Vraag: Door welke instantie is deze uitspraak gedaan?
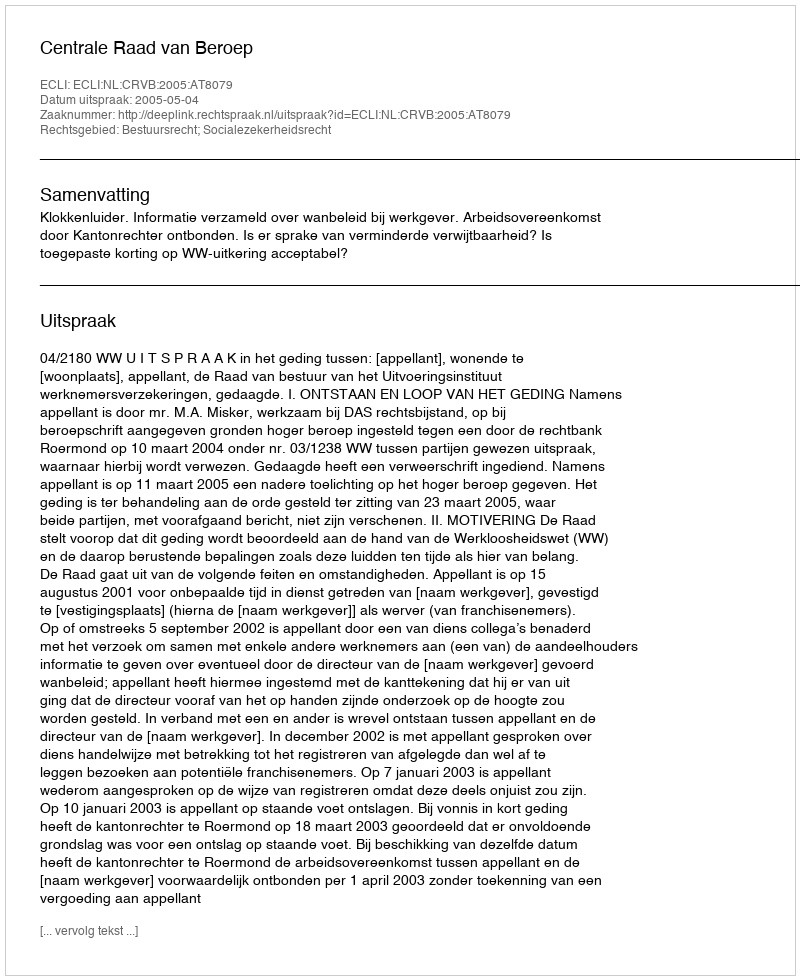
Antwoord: Centrale Raad van Beroep